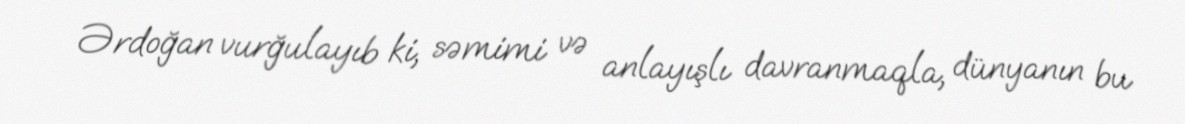
Ərdoğan vurğulayıb ki, səmimi və anlayışlı davranmaqla, dünyanın bu